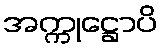
အက္ကုဋ္ဌောပိ